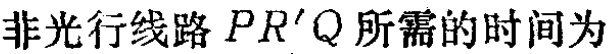
非光行线路 \(PR^{\prime}Q\) 所需的时间为